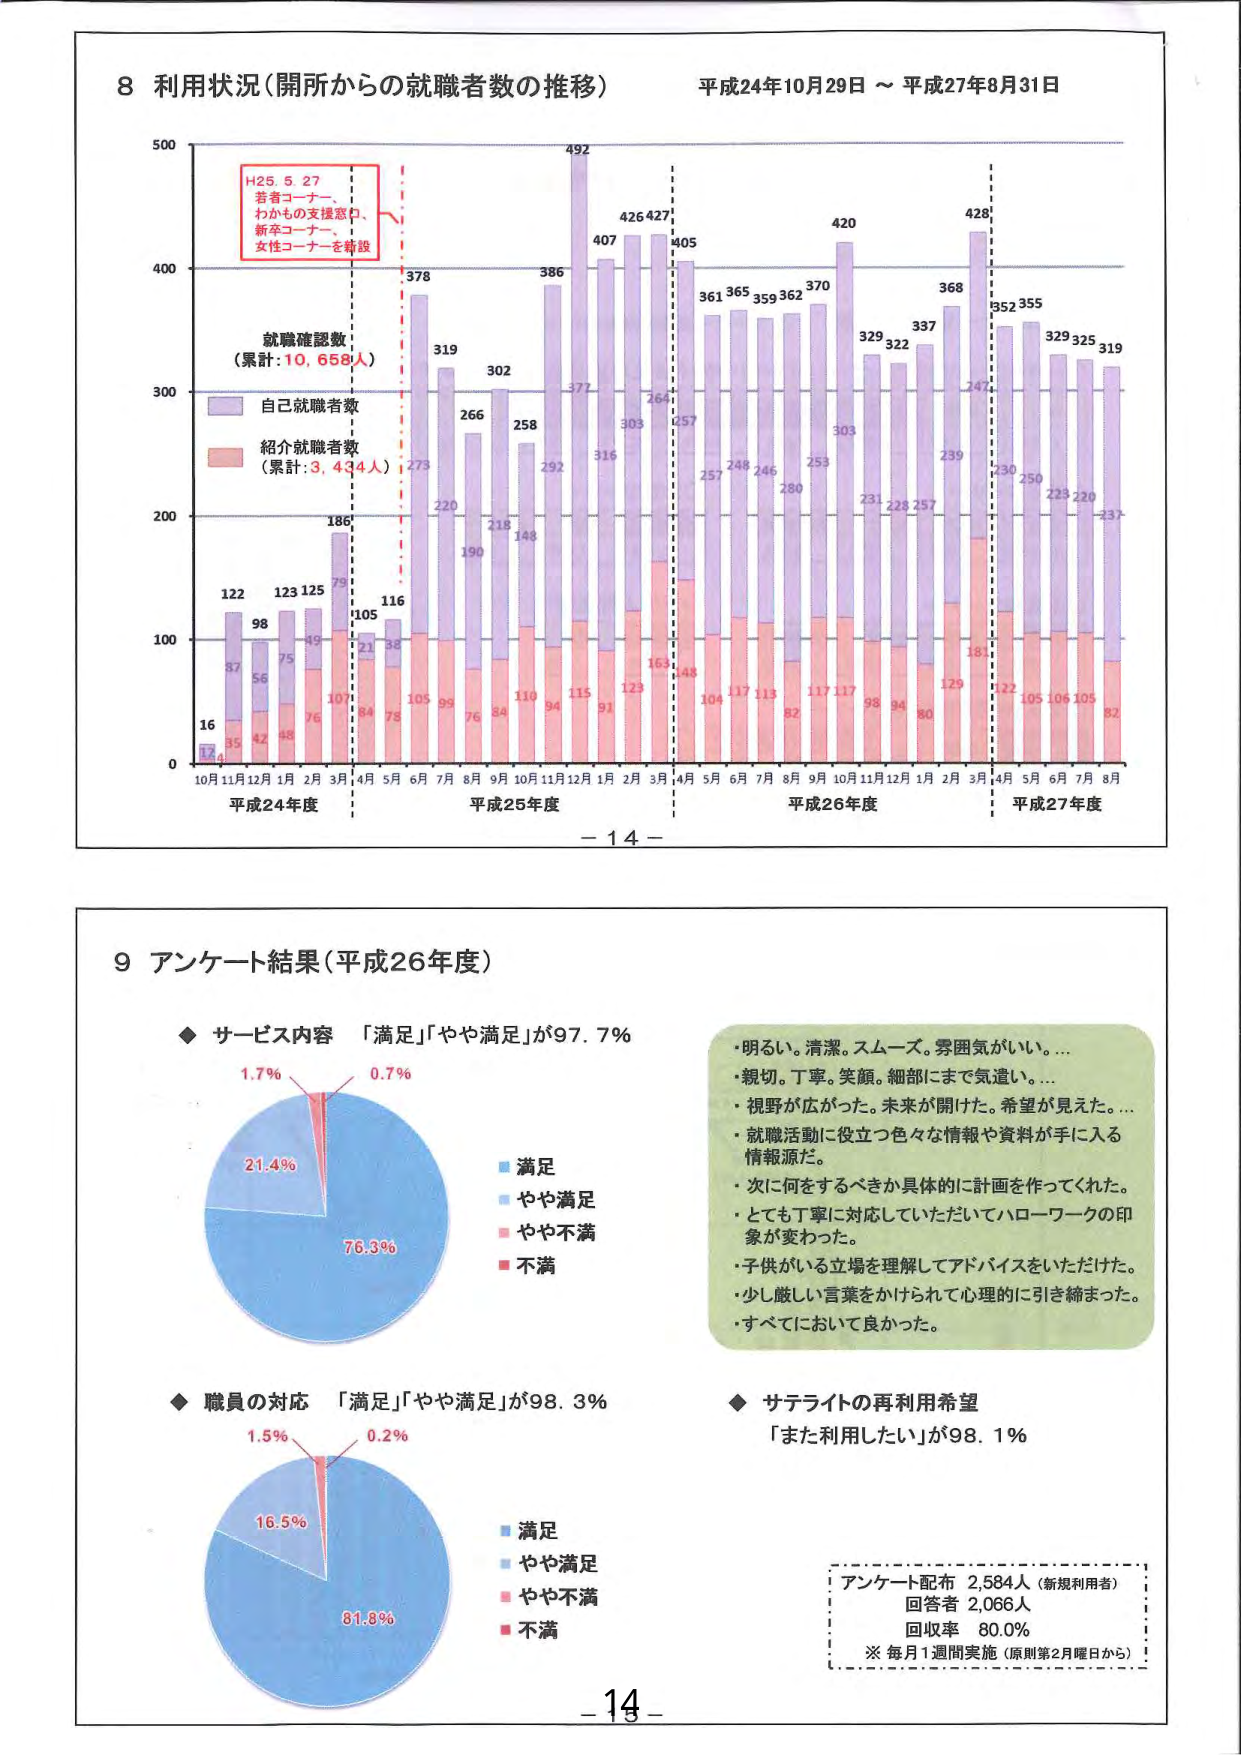
8 利用状況（開所からの就職者数の推移） 平成24年10月29日～平成27年8月31日
H25.5.27
若者コーナー、
わかもの支援窓口、
新卒コーナー、
女性コーナーを新設
就職確認数
（累計：10,658人）
自己就職者数
紹介就職者数
（累計：3,434人）
122 123 125 75 186 105 116
98 75 45 107 84 75
37 56 42 48 76 21 38
16 35 42 48 76 84 75
0 100 200 300 400 500
10月 11月 12月 1月 2月 3月 4月 5月 6月 7月 8月 9月 10月 11月 12月 1月 2月 3月 4月 5月 6月 7月 8月 9月 10月 11月 12月 1月 2月 3月 4月 5月 6月 7月 8月
平成24年度 平成25年度 平成26年度 平成27年度
378 319 302 266 258 386 492 407 426 427 405 361 365 359 362 370 420 329 322 337 368 428 352 355 329 325 319
273 220 190 218 148 292 372 316 303 264 257 257 248 246 280 253 303 231 228 257 239 247 230 250 223 220 237
123 123 125 75 186 105 116
98 75 45 107 84 75
37 56 42 48 76 21 38
16 35 42 48 76 84 75
-14-
9 アンケート結果（平成26年度）
◆ サービス内容 「満足」「やや満足」が97.7%
1.7% 0.7%
21.4%
76.3%
■ 満足
■ やや満足
■ やや不満
■ 不満
◆ 職員の対応 「満足」「やや満足」が98.3%
1.5% 0.2%
16.5%
81.8%
■ 満足
■ やや満足
■ やや不満
■ 不満
・明るい。清潔。スムーズ。雰囲気がいい。…
・親切。丁寧。笑顔。細部にまで気遣い。…
・視野が広がった。未来が開けた。希望が見えた。…
・就職活動に役立つ色々な情報や資料が手に入る情報源だ。
・次に何をするべきか具体的に計画を作ってくれた。
・とても丁寧に対応していただいてハローワークの印象が変わった。
・子供がいる立場を理解してアドバイスをいただけた。
・少し厳しい言葉をかけられて心理的に引き締まった。
・すべてにおいて良かった。
◆ サテライトの再利用希望
「また利用したい」が98.1%
アンケート配布 2,584人（新規利用者）
回答者 2,066人
回収率 80.0%
※ 毎月1週間実施（原則第2月曜日から）
-14-